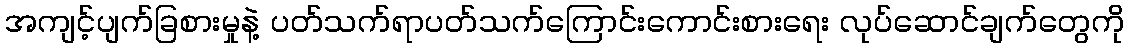
အကျင့်ပျက်ခြစားမှုနဲ့ ပတ်သက်ရာပတ်သက်ကြောင်းကောင်းစားရေး လုပ်ဆောင်ချက်တွေကို